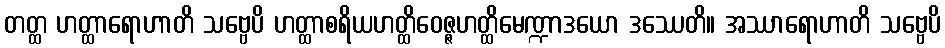
တတ္ထ ဟတ္ထာရောဟာတိ သဗ္ဗေပိ ဟတ္ထာစရိယဟတ္ထိဝေဇ္ဇဟတ္ထိမေဏ္ဍာဒယော ဒဿေတိ။ အဿာရောဟာတိ သဗ္ဗေပိ